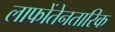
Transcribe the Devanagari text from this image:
लाफोंतेनतारिक